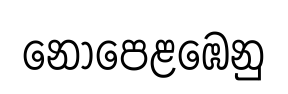
නොපෙළඹෙනු